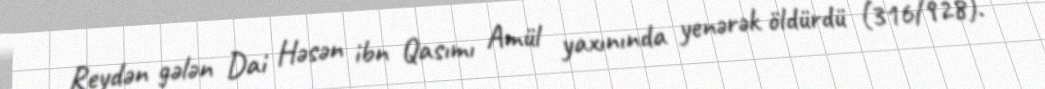
Reydən gələn Dai Həsən ibn Qasımı Amül yaxınında yenərək öldürdü (316/928).